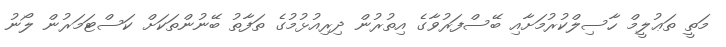
މަތީ ތަޢުލީމް ހާސިލްކުރުމަށާއި ބޭސްފަރުވާގެ އިތުރުން ދިރިއުޅުމުގެ ތަފާތު ބޭނުންތަކަށް ކަސްޓަމަރުން ލޯނު